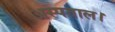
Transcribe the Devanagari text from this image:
अस्पताल।